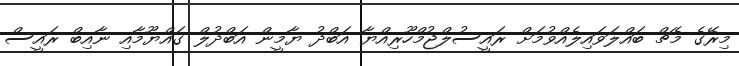
މިރޭގެ މެޗް ބައްލަވައިލެއްވުމަށް ރައީސުލްޖުމްހޫރިއްޔާ އަބްދު ޔާމީން އަބްދުލް ގައްޔޫމާއި ނާއިބް ރައީސް